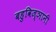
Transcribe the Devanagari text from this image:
बहुविज्ञानी